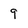
Character: 9